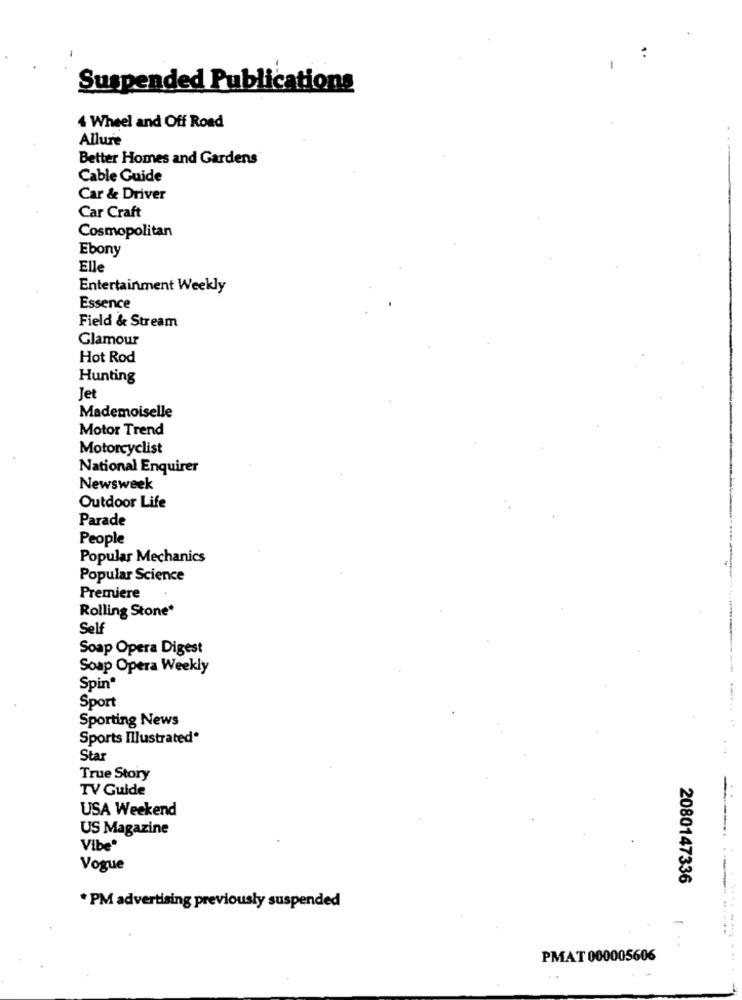
Suspended Publications
4 Wheel and Off Road
Allure
Better Homes and Gardens
Cable Guide
Car & Driver
Car Craft
Cosmopolitan
Ebony
Elle
Entertainment Weekly
Essence
Field & Stream
Glamour
Hot Rod
Hunting
Jet
Mademoiselle
Motor Trend
Motorcyclist
National Enquirer
Newsweek
Outdoor Life
Parade
People
Popular Mechanics
Popular Science
Premiere
Rolling Stone*
Self
Soap Opera Digest
Soap Opera Weekly
Spin“
Sport
Sporting News
Sports Illustrated*
. ..
Star
True Story
TV Guide
-
USA Weekend
US Magazine
...
Vibe*
Vogue
2080147336
* PM advertising previously suspended
-
PMAT 000005606